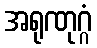
အရုဏုဂ္ဂံ